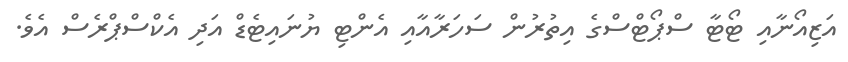
އަޒިއޯނާއި ޓޯޓާ ސްޕޯޓްސްގެ އިތުރުން ސަހަރާއާއި އެންޓި ޔުނައިޓެޑް އަދި އެކްސްޕްރެސް އެވެ.